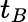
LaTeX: t_{B}